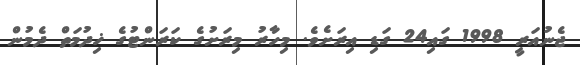
ޖެނުއަރީ 1998 ގައި24 ގަޑި އިރަށެވެ. މިހާރު މިރަށުގެ ކަރަންޓުގެ ޚިދުމަތް ދެމުން